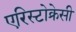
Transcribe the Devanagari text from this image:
एरिस्टोक्रेसी